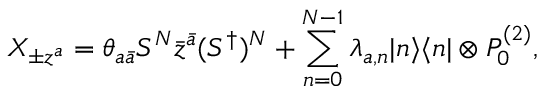
X _ { \pm z ^ { a } } = \theta _ { a \bar { a } } S ^ { N } \bar { z } ^ { \bar { a } } ( S ^ { \dagger } ) ^ { N } + \sum _ { n = 0 } ^ { N - 1 } \lambda _ { a , n } | n \rangle \langle n | \otimes P _ { 0 } ^ { ( 2 ) } ,